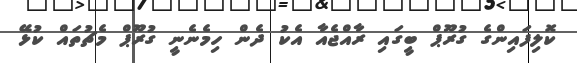
ކޮލިފައިންގެ ގުރޫޕް ބީގައި ރާއްޖެއާ އެކު ދެން ހިމެނެނީ ގުރޫޕް މެޗުތައް ކުޅޭ